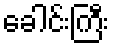
ခေါင်းကြီး